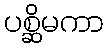
ပစ္ဆိမကာ